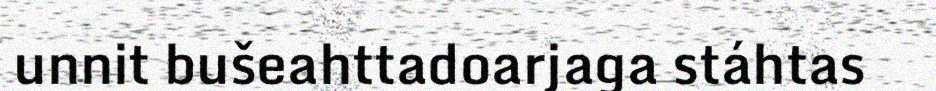
unnit bušeahttadoarjaga stáhtas